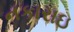
નકારાઇ